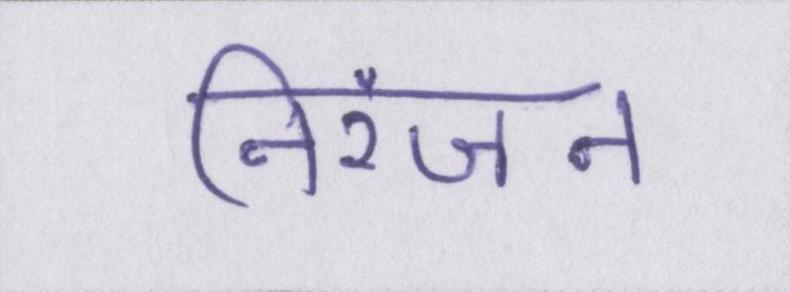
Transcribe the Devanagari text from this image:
निरंजन